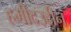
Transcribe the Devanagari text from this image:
हमीदउद्दीन